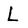
Character: L